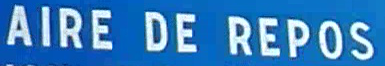
AIRE DE REPOS